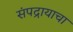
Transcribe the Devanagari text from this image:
संपद्रायाचा